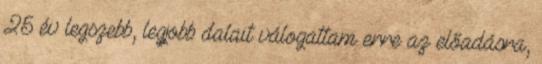
25 év legszebb, legjobb dalait válogattam erre az előadásra,